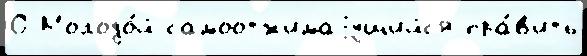
О Молодо́й самоотжимаjущийс'я пра́в'ить